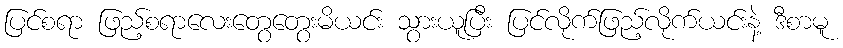
ပြင်စရာ ဖြည့်စရာလေးတွေတွေးမိယင်း သွားယူပြီး ပြင်လိုက်ဖြည့်လိုက်ယင်းနဲ့ ဒီစာမူ